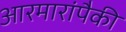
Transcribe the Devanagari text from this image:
आरमारांपैकी